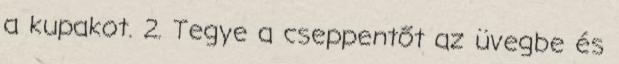
a kupakot. 2. Tegye a cseppentőt az üvegbe és